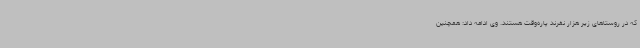
که در روستاهای زیر هزار نفرند پاره‌وقت هستند. وی ادامه داد: همچنین